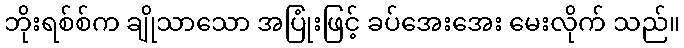
ဘိုးရစ်စ်က ချိုသာသော အပြုံးဖြင့် ခပ်အေးအေး မေးလိုက် သည်။